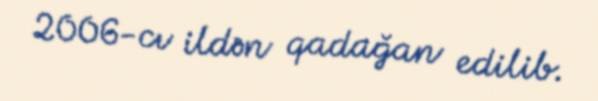
2006-cı ildən qadağan edilib.